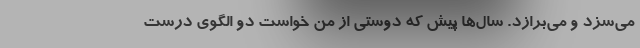
می‌سِزَد و می‌برازَد. سال‌ها پیش که دوستی از من خواست دو الگوی درست